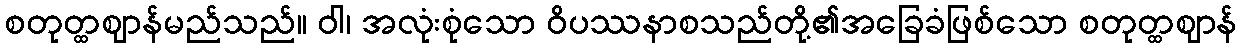
စတုတ္ထဈာန်မည်သည်။ ဝါ၊ အလုံးစုံသော ဝိပဿနာစသည်တို့၏အခြေခံဖြစ်သော စတုတ္ထဈာန်